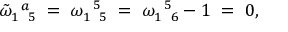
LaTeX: \tilde { \omega } _ { 1 \enskip 5 } ^ { \enskip a } \; = \; \omega _ { 1 \enskip 5 } ^ { \enskip 5 } \; = \; \omega _ { 1 \enskip 6 } ^ { \enskip 5 } - 1 \; = \; 0 ,